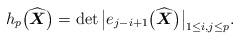
LaTeX: \begin{gather*}h_p\big(\widehat{\boldsymbol{X}}\big)= \det \big| e_{j-i+1}\big(\widehat{\boldsymbol{X}}\big)\big|_{1 \le i,j \le p}.\end{gather*}